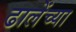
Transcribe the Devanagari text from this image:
ढालेंच्या